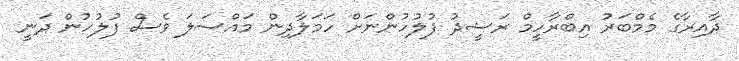
ދާއިރާގެ މެމްބަރު އިބްރާހީމް ރަޝީދު ފުލުހުންނަށް ހަމަލާދިން މައްސަލަ ވެސް ފުލުހުން ދަނީ